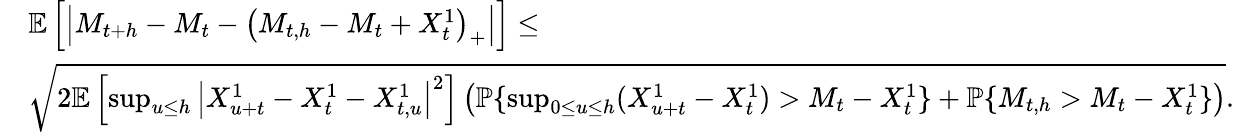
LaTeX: \begin{array}{rl}&{\mathbb{E}\left[\left|M_{t+h}-M_{t}-\left(M_{t,h}-M_{t}+X_{t}^{1}\right)_{+}\right|\right]\leq}\\ &{\sqrt{2\mathbb{E}\left[\operatorname*{sup}_{u\leq h}\left|X_{u+t}^{1}-X_{t}^{1}-X_{t,u}^{1}\right|^{2}\right]\left({\mathbb P}\{ \operatorname*{sup}_{0\leq u\leq h}(X_{u+t}^{1}-X_{t}^{1})>M_{t}-X_{t}^{1}\} +{\mathbb P}\{ M_{t,h}>M_{t}-X_{t}^{1}\} \right)}.}\end{array}